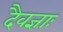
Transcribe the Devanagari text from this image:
दैवज्ञाः